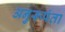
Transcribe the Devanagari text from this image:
अनुरूपंता